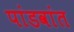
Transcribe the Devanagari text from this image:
पांडवांत